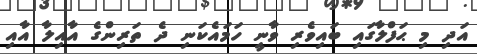
އަދި މި ޙަފްލާގައި ބައިވެރި ވާނީ ހަމައެކަނި ދެ ތަރިންގެ އާއިލާ އާއި